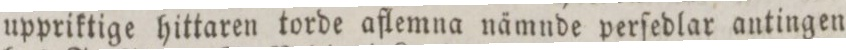
uppriktige hittaren torde aflemna nämnde perſedlar antingen